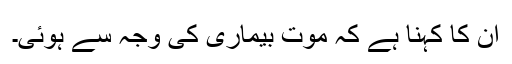
ان کا کہنا ہے کہ موت بیماری کی وجہ سے ہوئی۔